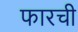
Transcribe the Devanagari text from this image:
फारची